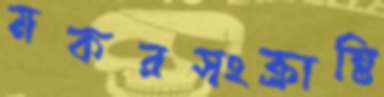
মকরসংক্রান্তি